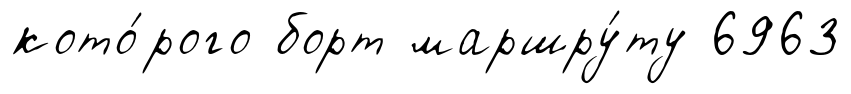
кото́рого борт маршру́ту 6963